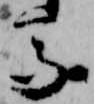
馬